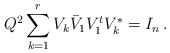
\begin{align*} Q^{2} \sum_{k=1}^{r} V_k \bar{V}_1 V_1^t V_k^* = I_n \,.\end{align*}